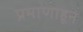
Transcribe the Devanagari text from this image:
प्रमाणाहून